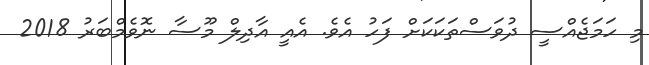
މި ހަމަޖެއްސީ ދުވަސްތަކަކަށް ފަހު އެވެ. އެއީ އާދިލް މޫސާ ނޮވެމްބަރު 2018